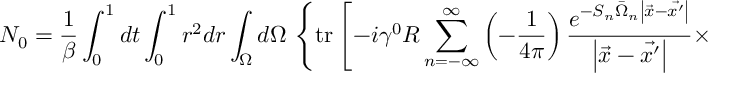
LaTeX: N _ { 0 } = \frac 1 { \beta } \int _ { 0 } ^ { 1 } d t \int _ { 0 } ^ { 1 } r ^ { 2 } d r \int _ { \Omega } d \Omega \, \left\{ \mathrm { t r } \left[ - i \gamma ^ { 0 } R \sum _ { n = - \infty } ^ { \infty } \left( - \frac 1 { 4 \pi } \right) \frac { e ^ { - S _ { n } \bar { \Omega } _ { n } \left| \vec { x } - \vec { x ^ { \prime } } \right| } } { \left| \vec { x } - \vec { x ^ { \prime } } \right| } \times \right. \right.